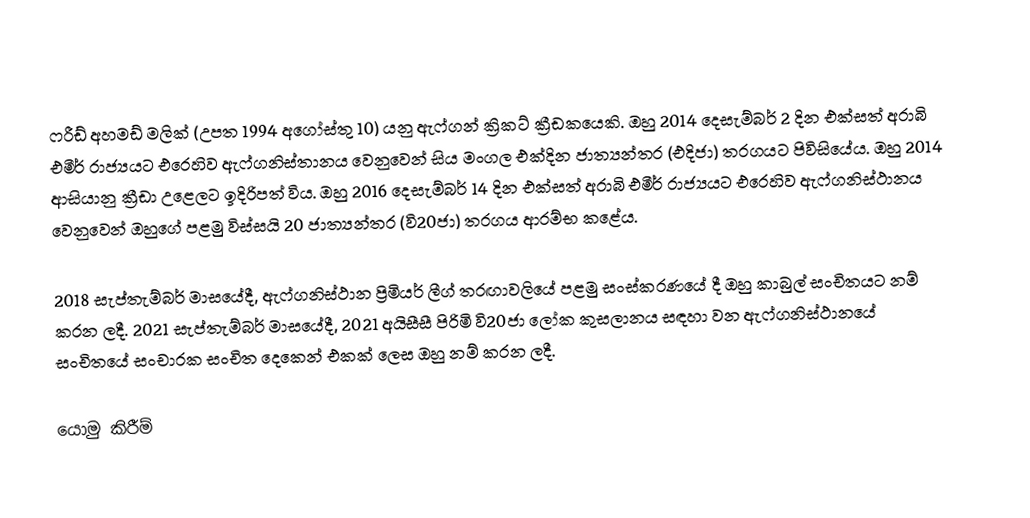
ෆරීඩ් අහමඩ් මලික් (උපත 1994 අගෝස්තු 10) යනු ඇෆ්ගන් ක්‍රිකට් ක්‍රීඩකයෙකි. ඔහු 2014 දෙසැම්බර් 2 දින එක්සත් අරාබි එමීර් රාජ්‍යයට එරෙහිව ඇෆ්ගනිස්තානය වෙනුවෙන් සිය මංගල එක්දින ජාත්‍යන්තර (එදිජා) තරගයට පිවිසියේය. ඔහු 2014 ආසියානු ක්‍රීඩා උළෙලට ඉදිරිපත් විය. ඔහු 2016 දෙසැම්බර් 14 දින එක්සත් අරාබි එමීර් රාජ්‍යයට එරෙහිව ඇෆ්ගනිස්ථානය වෙනුවෙන් ඔහුගේ පළමු විස්සයි 20 ජාත්‍යන්තර (වි20ජා) තරගය ආරම්භ කළේය.

2018 සැප්තැම්බර් මාසයේදී, ඇෆ්ගනිස්ථාන ප්‍රිමියර් ලීග් තරඟාවලියේ පළමු සංස්කරණයේ දී ඔහු කාබුල් සංචිතයට නම් කරන ලදී. 2021 සැප්තැම්බර් මාසයේදී, 2021 අයිසීසී පිරිමි වි20ජා ලෝක කුසලානය සඳහා වන ඇෆ්ගනිස්ථානයේ සංචිතයේ සංචාරක සංචිත දෙකෙන් එකක් ලෙස ඔහු නම් කරන ලදී.

යොමු කිරීම්